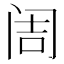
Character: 𮸥